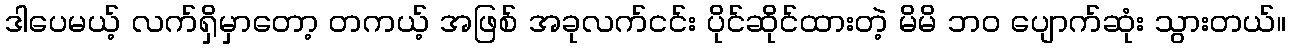
ဒါပေမယ့် လက်ရှိမှာတော့ တကယ့် အဖြစ် အခုလက်ငင်း ပိုင်ဆိုင်ထားတဲ့ မိမိ ဘဝ ပျောက်ဆုံး သွားတယ်။